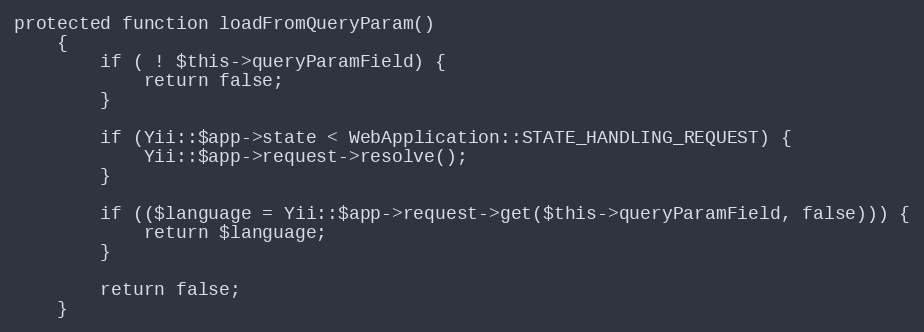
Language: PHP
protected function loadFromQueryParam()
    {
        if ( ! $this->queryParamField) {
            return false;
        }

        if (Yii::$app->state < WebApplication::STATE_HANDLING_REQUEST) {
            Yii::$app->request->resolve();
        }

        if (($language = Yii::$app->request->get($this->queryParamField, false))) {
            return $language;
        }

        return false;
    }